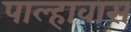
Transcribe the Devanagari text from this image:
पाल्हावास